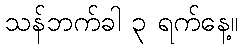
သန်ဘက်ခါ ၃ ရက်နေ့။